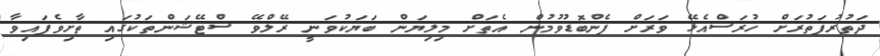
ދަތުރުފަތުރަށް ހުރަސްއެޅޭ ވަރަށް ފެންބޮޑުވުމުން އެތަށް މިލިޔަން ބަޔަކުވަނީ ރޭލްވޭ ސްޓޭޝަންތަކުގައި ތާށިވެފައިވާ